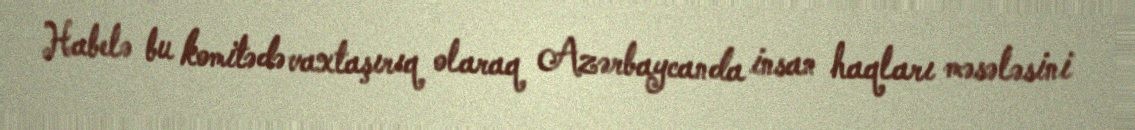
Habelə bu komitədə vaxtaşırıq olaraq Azərbaycanda insan haqları məsələsini